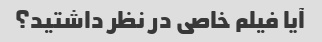
آیا فیلم خاصی در نظر داشتید؟